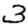
Digit: 3